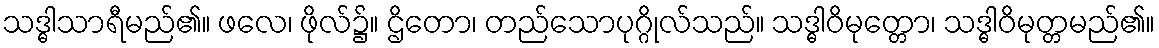
သဒ္ဓါသာရီမည်၏။ ဖလေ၊ ဖိုလ်၌။ ဌိတော၊ တည်သောပုဂ္ဂိုလ်သည်။ သဒ္ဓါဝိမုတ္တော၊ သဒ္ဓါဝိမုတ္တမည်၏။